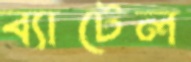
ব্যাটেল